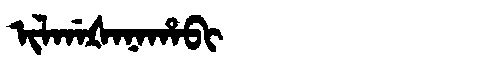
Manchu: ᡳᠯᡤᠠᡧᠠᠨᠠᡥᠠᠪᡳ
Romanization: ILGAŠANAHABI